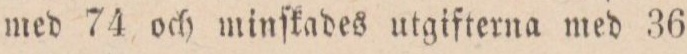
med 74 och minſkades utgifterna med 36